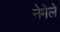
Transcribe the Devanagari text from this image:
नेमेले